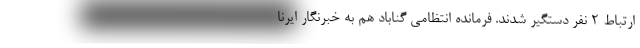
ارتباط ۲ نفر دستگیر شدند. فرمانده انتظامی گناباد هم به خبرنگار ایرنا